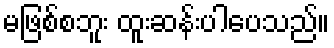
မဖြစ်စဘူး ထူးဆန်းပါပေသည်။